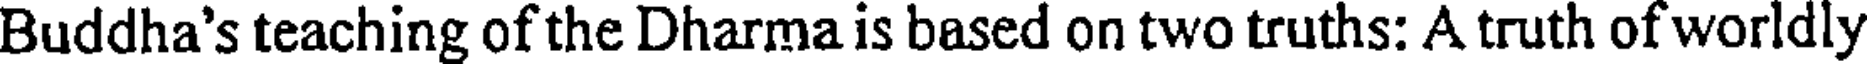
Buddha's teaching of the Dharma is based on two truths: A truth of worldly